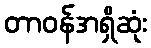
တာဝန်အရှိဆုံး